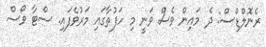
ރެނޮލްޑްސް: ދެ މައިން ވެސް ވަނީ މި ހަފުތާގައި މަރުވެފައި. ސްޓާ ވޯސް